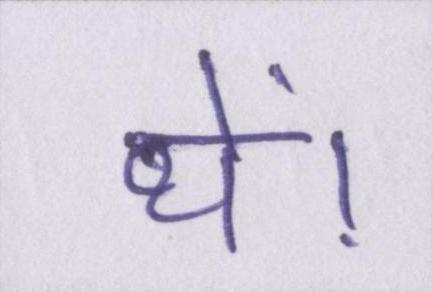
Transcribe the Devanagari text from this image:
थें।